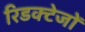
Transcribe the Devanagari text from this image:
रिडक्टेजों